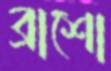
ব্রাশো